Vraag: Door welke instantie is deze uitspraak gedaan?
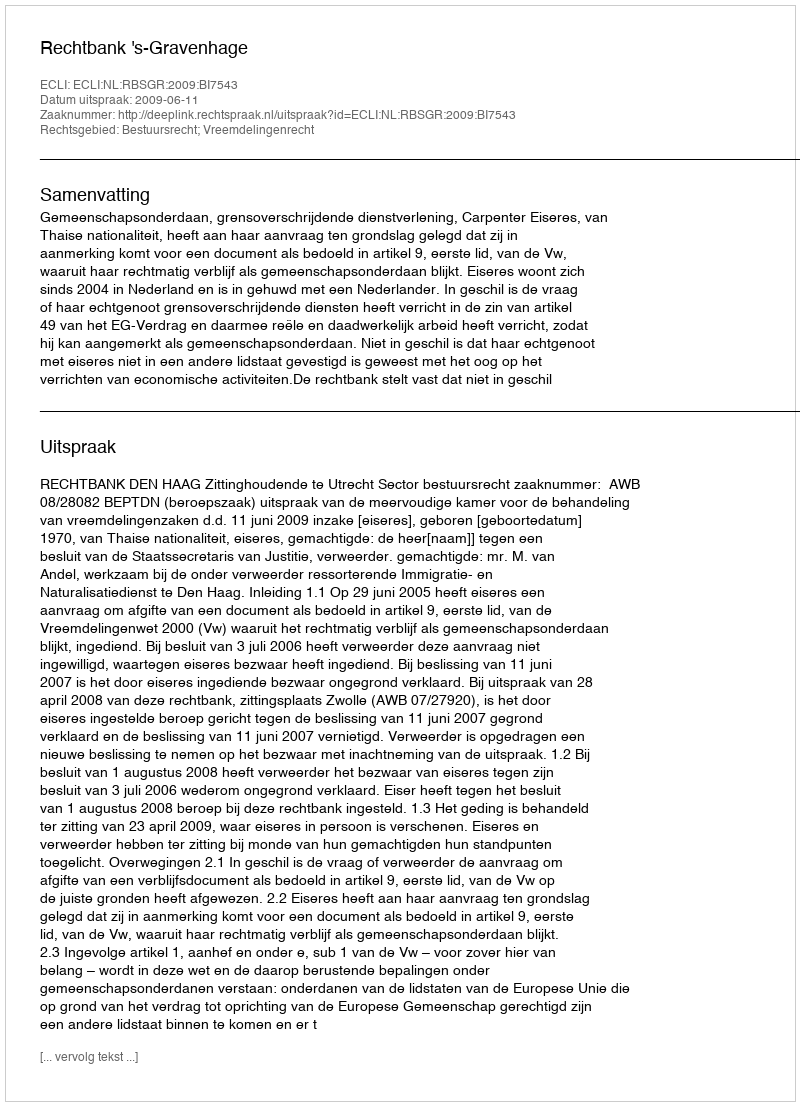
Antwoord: Rechtbank 's-Gravenhage